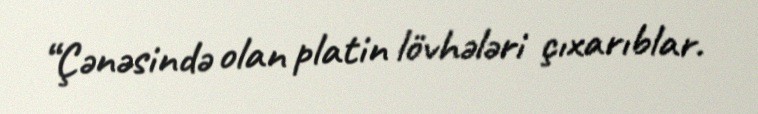
“Çənəsində olan platin lövhələri çıxarıblar.